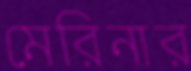
মেরিনার